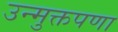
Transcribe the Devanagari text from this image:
उन्मुक्तपणा